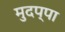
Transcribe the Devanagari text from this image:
मुदप्पा